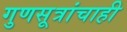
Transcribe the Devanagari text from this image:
गुणसूत्रांचाही